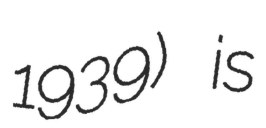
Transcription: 1939) is